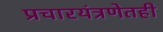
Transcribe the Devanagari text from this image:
प्रचारयंत्रणेतही